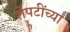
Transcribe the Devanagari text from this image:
शेपटींच्या